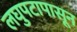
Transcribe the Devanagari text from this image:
लघुपटापासून